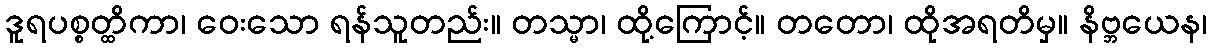
ဒူရပစ္စတ္ထိကာ၊ ဝေးသော ရန်သူတည်း။ တသ္မာ၊ ထို့ကြောင့်။ တတော၊ ထိုအရတိမှ။ နိဗ္ဘယေန၊